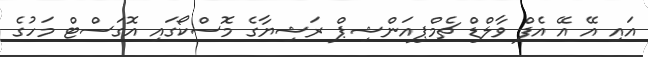
އައި އޭ އޭ އެފް ވާލްޑް ޗެމްޕިއަންޝިޕް ރަޝިޔާގެ މޮސްކޯގައި އޮގަސްޓް މަހުގެ